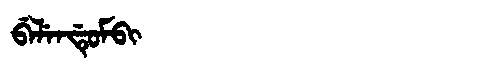
Manchu: ᠪᡝᠯᡝᠨᡩᡠᠮᠪᡳ
Romanization: BELENDUMBI